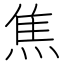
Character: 焦